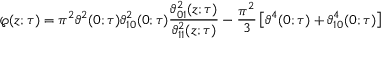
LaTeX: \wp ( z ; \tau ) = \pi ^ { 2 } \vartheta ^ { 2 } ( 0 ; \tau ) \vartheta _ { 1 0 } ^ { 2 } ( 0 ; \tau ) { \frac { \vartheta _ { 0 1 } ^ { 2 } ( z ; \tau ) } { \vartheta _ { 1 1 } ^ { 2 } ( z ; \tau ) } } - { \frac { \pi ^ { 2 } } { 3 } } \left[ \vartheta ^ { 4 } ( 0 ; \tau ) + \vartheta _ { 1 0 } ^ { 4 } ( 0 ; \tau ) \right]